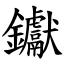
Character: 钀